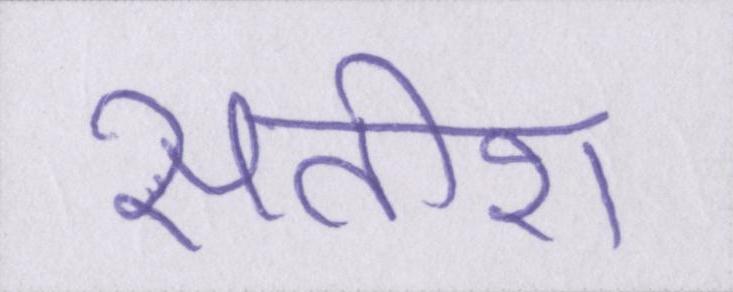
सतीश